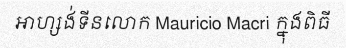
អាហ្សង់ទីនលោក Mauricio Macri ក្នុងពិធី